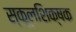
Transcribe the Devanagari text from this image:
स्कूलशिक्षक